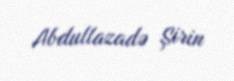
Abdullazadə Şirin